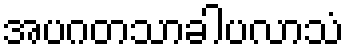
အပဂတသာခါပလာသံ